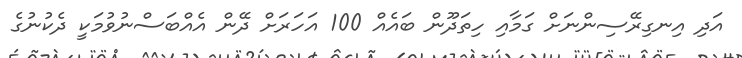
އަދި އިނގިރޭސިންނަށް ގަމާއި ހިތަދޫން ބައެއް 100 އަހަރަށް ދޭން އެއްބަސްނުވުމަކީ ދެކުނުގެ